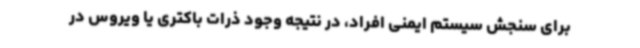
برای سنجش سیستم ایمنی افراد، در نتیجه وجود ذرات باکتری یا ویروس در